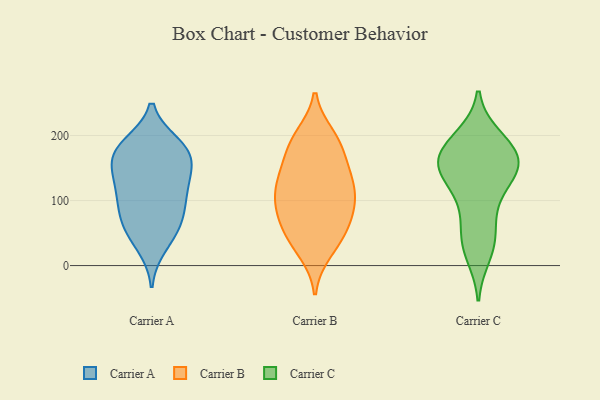
{"axis": {"x": "Website Visitors", "y": "Value"}, "legend": ["Carrier A", "Carrier B", "Carrier C"], "data": [{"x": "", "y": 70, "type": "Carrier A"}, {"x": "", "y": 173, "type": "Carrier A"}, {"x": "", "y": 49, "type": "Carrier A"}, {"x": "", "y": 117, "type": "Carrier A"}, {"x": "", "y": 30, "type": "Carrier A"}, {"x": "", "y": 127, "type": "Carrier A"}, {"x": "", "y": 186, "type": "Carrier A"}, {"x": "", "y": 89, "type": "Carrier A"}, {"x": "", "y": 61, "type": "Carrier A"}, {"x": "", "y": 184, "type": "Carrier A"}, {"x": "", "y": 119, "type": "Carrier A"}, {"x": "", "y": 165, "type": "Carrier A"}, {"x": "", "y": 179, "type": "Carrier A"}, {"x": "", "y": 87, "type": "Carrier A"}, {"x": "", "y": 159, "type": "Carrier A"}, {"x": "", "y": 141, "type": "Carrier A"}, {"x": "", "y": 67, "type": "Carrier B"}, {"x": "", "y": 199, "type": "Carrier B"}, {"x": "", "y": 185, "type": "Carrier B"}, {"x": "", "y": 53, "type": "Carrier B"}, {"x": "", "y": 128, "type": "Carrier B"}, {"x": "", "y": 33, "type": "Carrier B"}, {"x": "", "y": 146, "type": "Carrier B"}, {"x": "", "y": 181, "type": "Carrier B"}, {"x": "", "y": 22, "type": "Carrier B"}, {"x": "", "y": 194, "type": "Carrier B"}, {"x": "", "y": 112, "type": "Carrier B"}, {"x": "", "y": 106, "type": "Carrier B"}, {"x": "", "y": 91, "type": "Carrier B"}, {"x": "", "y": 96, "type": "Carrier B"}, {"x": "", "y": 82, "type": "Carrier B"}, {"x": "", "y": 142, "type": "Carrier B"}, {"x": "", "y": 50, "type": "Carrier B"}, {"x": "", "y": 135, "type": "Carrier B"}, {"x": "", "y": 160, "type": "Carrier C"}, {"x": "", "y": 129, "type": "Carrier C"}, {"x": "", "y": 102, "type": "Carrier C"}, {"x": "", "y": 190, "type": "Carrier C"}, {"x": "", "y": 17, "type": "Carrier C"}, {"x": "", "y": 36, "type": "Carrier C"}, {"x": "", "y": 139, "type": "Carrier C"}, {"x": "", "y": 159, "type": "Carrier C"}, {"x": "", "y": 152, "type": "Carrier C"}, {"x": "", "y": 159, "type": "Carrier C"}, {"x": "", "y": 76, "type": "Carrier C"}, {"x": "", "y": 197, "type": "Carrier C"}, {"x": "", "y": 185, "type": "Carrier C"}, {"x": "", "y": 41, "type": "Carrier C"}, {"x": "", "y": 158, "type": "Carrier C"}]}